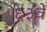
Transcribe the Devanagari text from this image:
६३वें